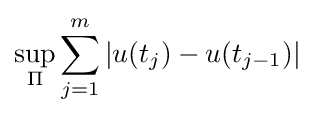
\sup _{\Pi }\sum _{j=1}^{m}|u(t_{j})-u(t_{j-1})|